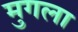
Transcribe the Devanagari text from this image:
मुगला